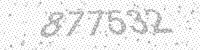
Solution: 877532